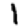
Digit: 1